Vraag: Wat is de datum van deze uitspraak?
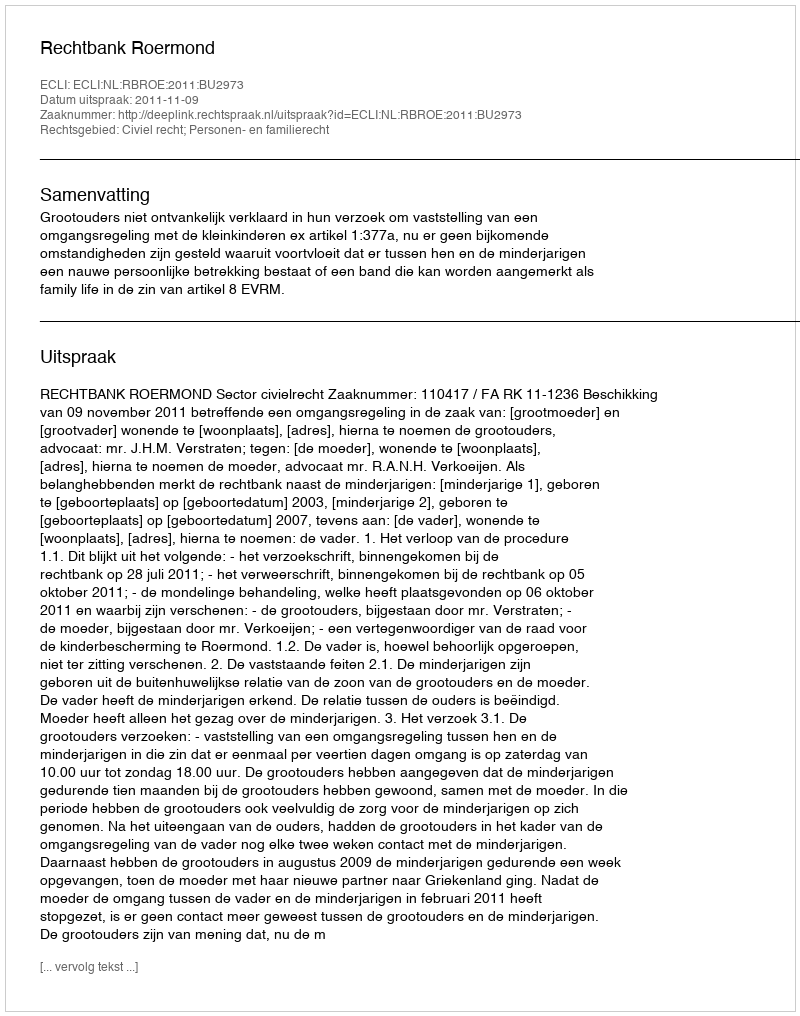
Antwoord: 2011-11-09